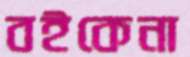
বইকেনা